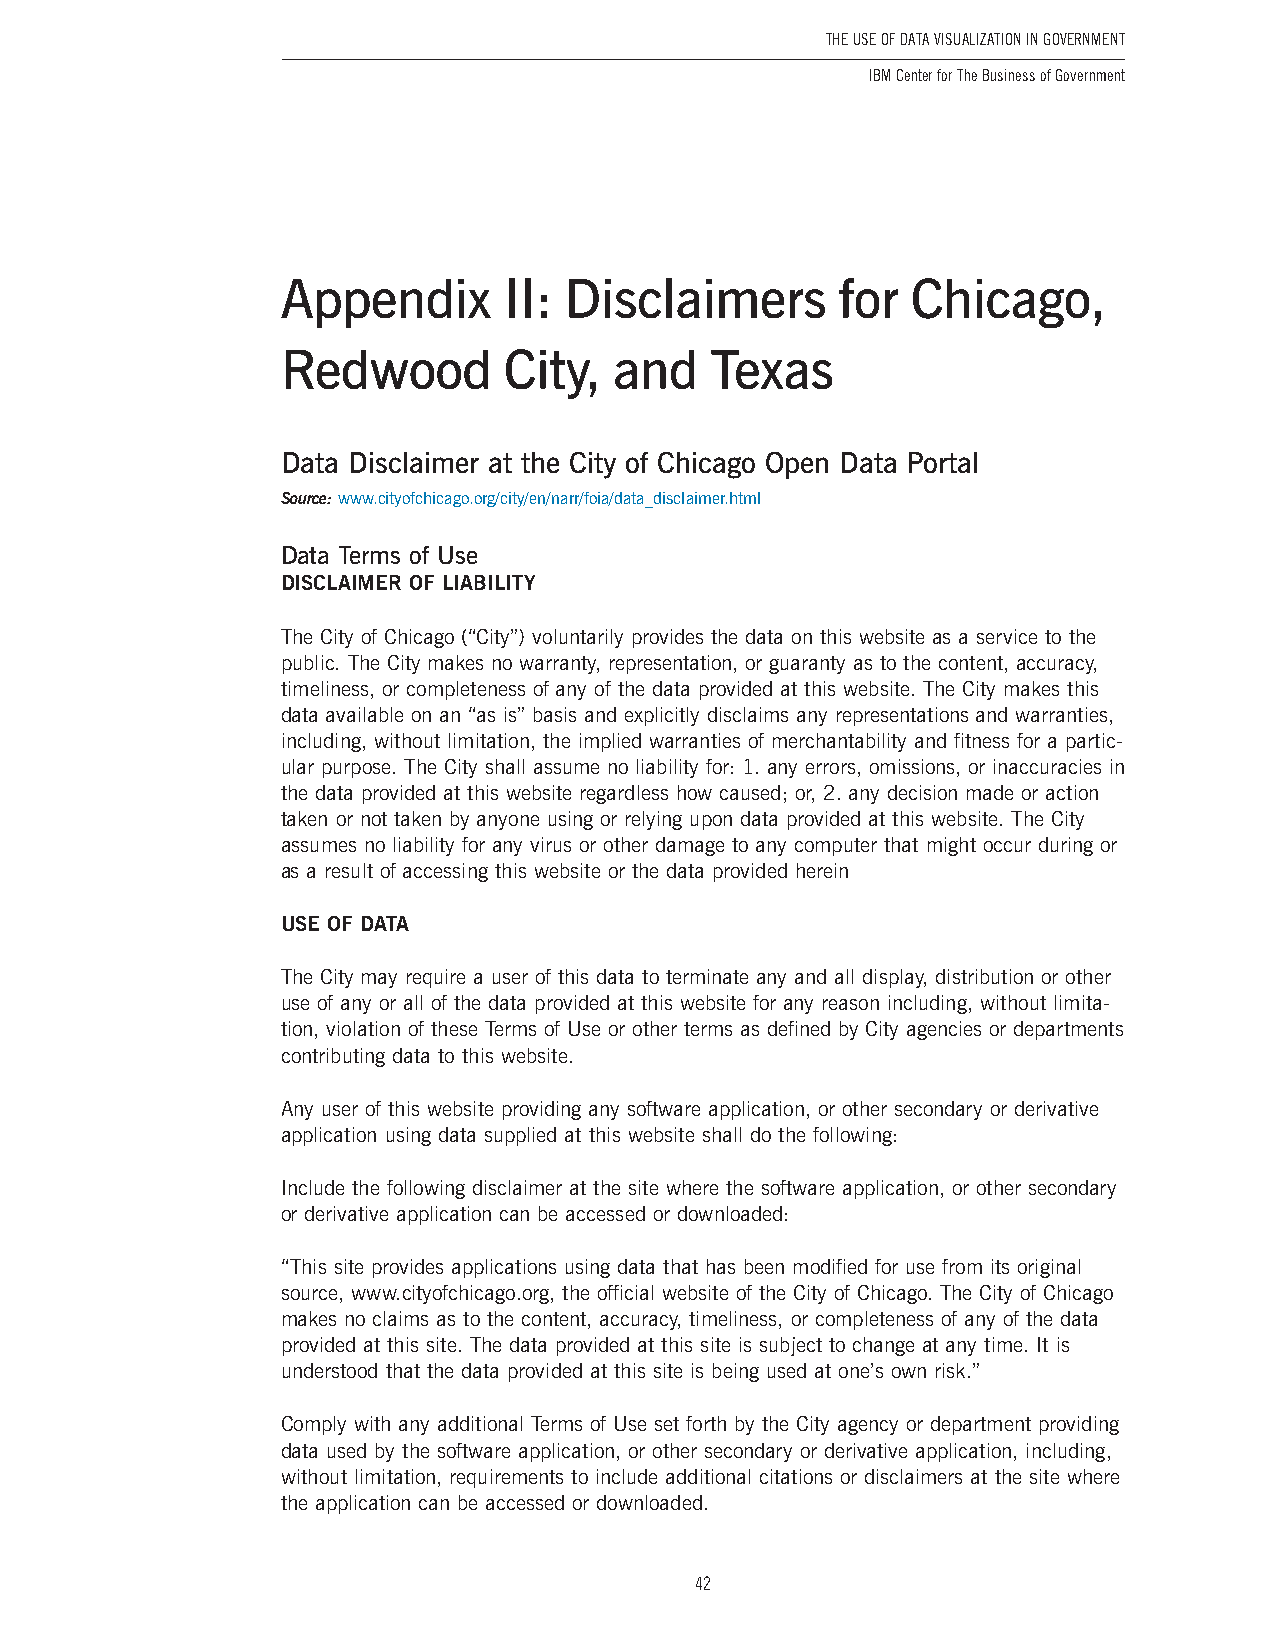
The USe of DaTa ViSUalizaTion in GoVernmenT
 IBM Center for The Business of Government
 Appendix      II: Disclaimers        for Chicago,
 Redwood       City,   and   Texas
 Data Disclaimer at the City of Chicago Open Data Portal
 Source: www .cityofchicago .org/city/en/narr/foia/data_disclaimer .html
 Data Terms of Use
 DISCLAIMER OF LIABILITY
 The City of Chicago (“City”) voluntarily provides the data on this website as a service to the
 public . The City makes no warranty, representation, or guaranty as to the content, accuracy,
 timeliness, or completeness of any of the data provided at this website . The City makes this
 data available on an “as is” basis and explicitly disclaims any representations and warranties,
 including, without limitation, the implied warranties of merchantability and fitness for a partic-
 ular purpose . The City shall assume no liability for: 1 . any errors, omissions, or inaccuracies in
 the data provided at this website regardless how caused; or, 2 . any decision made or action
 taken or not taken by anyone using or relying upon data provided at this website . The City
 assumes no liability for any virus or other damage to any computer that might occur during or
 as a result of accessing this website or the data provided herein
 USE OF DATA
 The City may require a user of this data to terminate any and all display, distribution or other
 use of any or all of the data provided at this website for any reason including, without limita-
 tion, violation of these Terms of Use or other terms as defined by City agencies or departments
 contributing data to this website .
 Any user of this website providing any software application, or other secondary or derivative
 application using data supplied at this website shall do the following:
 Include the following disclaimer at the site where the software application, or other secondary
 or derivative application can be accessed or downloaded:
 “This site provides applications using data that has been modified for use from its original
 source, www .cityofchicago .org, the official website of the City of Chicago . The City of Chicago
 makes no claims as to the content, accuracy, timeliness, or completeness of any of the data
 provided at this site . The data provided at this site is subject to change at any time . It is
 understood that the data provided at this site is being used at one’s own risk .”
 Comply with any additional Terms of Use set forth by the City agency or department providing
 data used by the software application, or other secondary or derivative application, including,
 without limitation, requirements to include additional citations or disclaimers at the site where
 the application can be accessed or downloaded .
 42